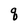
Character: q